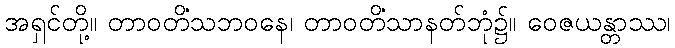
အရှင်တို့။ တာဝတိံသဘဝနေ၊ တာဝတိံသာနတ်ဘုံ၌။ ဝေဇယန္တာဿ၊